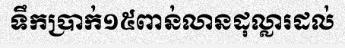
ទឹកប្រាក់១៥ពាន់លានដុល្លារដល់